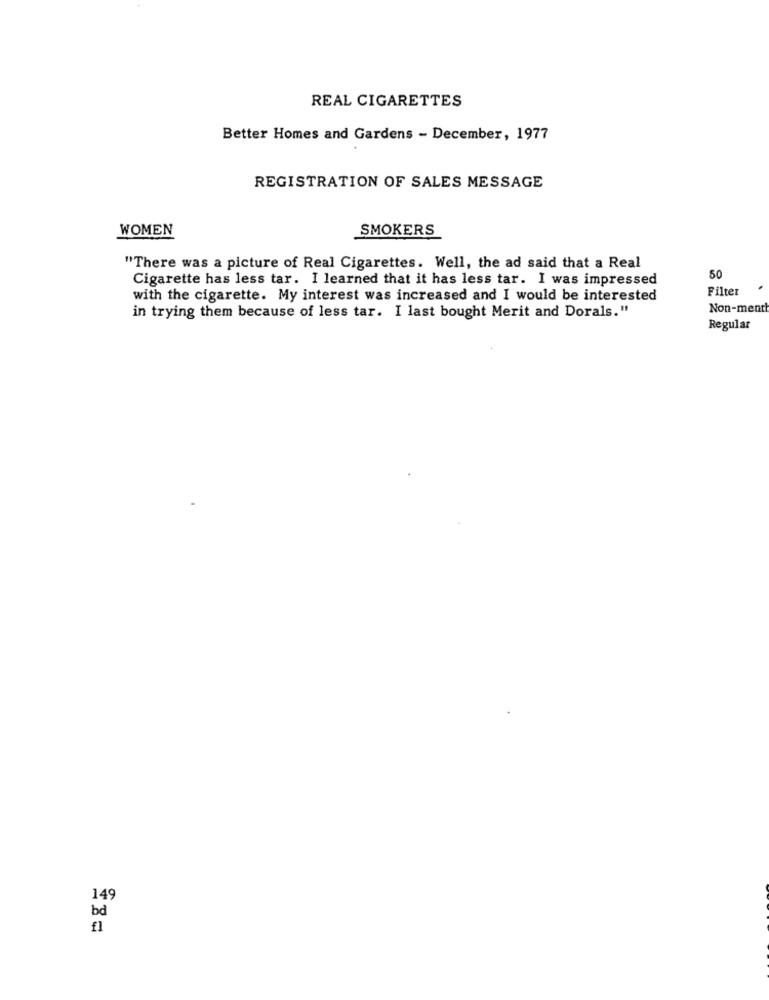
REAL CIGARETTES
Better Homes and Gardens - December, 1977
REGISTRATION OF SALES MESSAGE
WOMEN
SMOKERS
"There was a picture of Real Cigarettes. Well, the ad said that a Real
Cigarette has less tar. I learned that it has less tar. I was impressed
50
Filter
with the cigarette. My interest was increased and I would be interested
in trying them because of less tar. I last bought Merit and Dorals."
Non-menth
Regular
149
bd